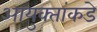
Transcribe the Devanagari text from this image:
आयुक्‍तांकडे